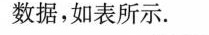
数据，如表所示.